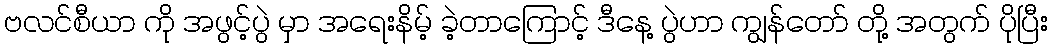
ဗလင်စီယာ ကို အဖွင့်ပွဲ မှာ အရေးနိမ့် ခဲ့တာကြောင့် ဒီနေ့ ပွဲဟာ ကျွန်တော် တို့ အတွက် ပိုပြီး